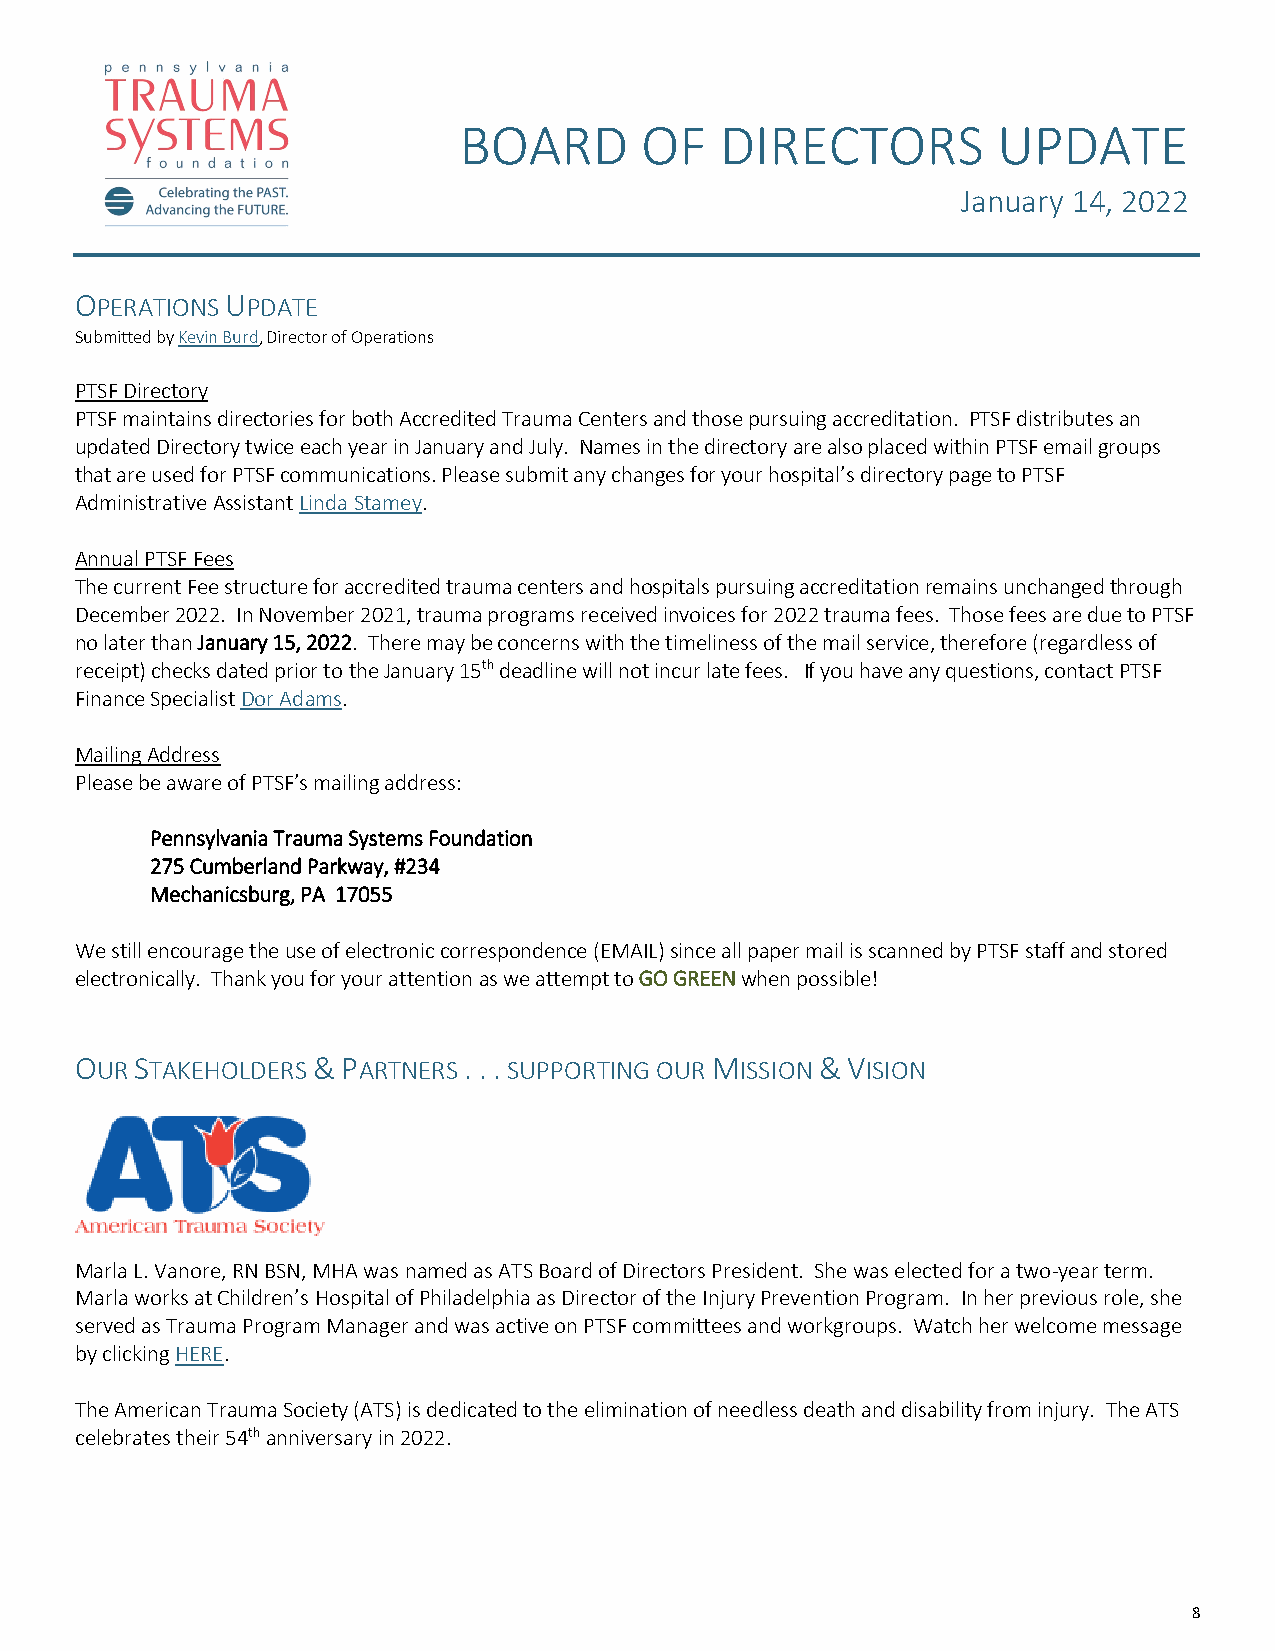
BOARD       OF    DIRECTORS         UPDATE
 January 14, 2022
 OPERATIONS UPDATE
 Submitted by Kevin Burd, Director of Operations
 PTSF Directory
 PTSF maintains directories for both Accredited Trauma Centers and those pursuing accreditation. PTSF distributes an
 updated Directory twice each year in January and July. Names in the directory are also placed within PTSF email groups
 that are used for PTSF communications. Please submit any changes for your hospital’s directory page to PTSF
 Administrative Assistant Linda Stamey.
 Annual PTSF Fees
 The current Fee structure for accredited trauma centers and hospitals pursuing accreditation remains unchanged through
 December 2022. In November 2021, trauma programs received invoices for 2022 trauma fees. Those fees are due to PTSF
 no later than January 15, 2022. There may be concerns with the timeliness of the mail service, therefore (regardless of
 receipt) checks dated prior to the January 15th deadline will not incur late fees. If you have any questions, contact PTSF
 Finance Specialist Dor Adams.
 Mailing Address
 Please be aware of PTSF’s mailing address:
 Pennsylvania Trauma Systems Foundation
 275 Cumberland Parkway, #234
 Mechanicsburg, PA 17055
 We still encourage the use of electronic correspondence (EMAIL) since all paper mail is scanned by PTSF staff and stored
 electronically. Thank you for your attention as we attempt to GO GREEN when possible!
 OUR STAKEHOLDERS & PARTNERS . . . SUPPORTING OUR MISSION & VISION
 Marla L. Vanore, RN BSN, MHA was named as ATS Board of Directors President. She was elected for a two-year term.
 Marla works at Children’s Hospital of Philadelphia as Director of the Injury Prevention Program. In her previous role, she
 served as Trauma Program Manager and was active on PTSF committees and workgroups. Watch her welcome message
 by clicking HERE.
 The American Trauma Society (ATS) is dedicated to the elimination of needless death and disability from injury. The ATS
 celebrates their 54th anniversary in 2022.
 8